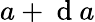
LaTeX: a+\mathrm{~d~}a